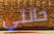
حانتي